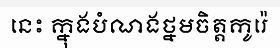
នេះ ក្នុងបំណងថ្នមចិត្តកូរ៉េ